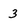
Character: 3